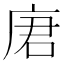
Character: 𪪒